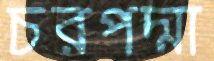
চরপদ্মা